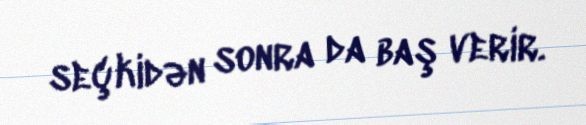
seçkidən sonra da baş verir.